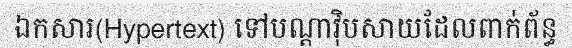
ឯកសារ(Hypertext) ទៅបណ្តាវ៉ិបសាយដែលពាក់ព័ន្ធ